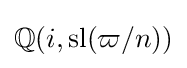
\mathbb {Q} (i,\operatorname {sl} (\varpi /n))